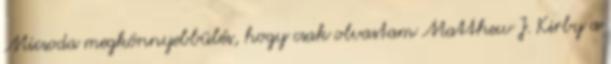
Micsoda megkönnyebbülés, hogy csak olvastam Matthew J. Kirby a